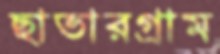
ছাতারগ্রাম